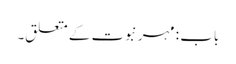
باب : مہر نبوت کے متعلق۔